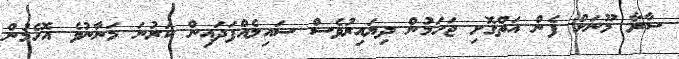
ސާރާ މޫނަށް ފެން އަތްގޮށި ޖަހަމުން ދިޔައިރުވެސް ސައިލެއްފަދައިން ކަރުނަ މަނާނުވެ އޮހެމުން